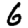
Digit: 6